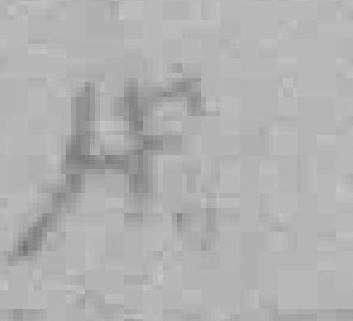
用